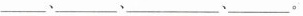
___、___、___、___。